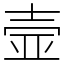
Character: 壸